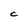
Character: C